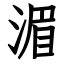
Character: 湄